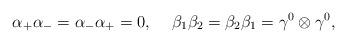
LaTeX: \begin{align*}{\alpha}_{+} {\alpha}_{-} = {\alpha}_{-} {\alpha}_{+} =0,\hspace{5 mm}{\beta}_1 {\beta}_2 = {\beta}_2 {\beta}_1 ={\gamma}^0 \otimes {\gamma}^0,\end{align*}